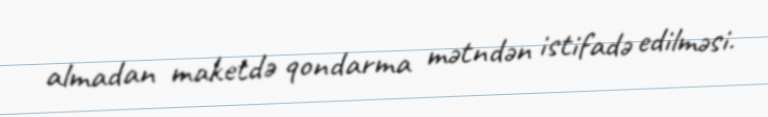
almadan maketdə qondarma mətndən istifadə edilməsi.